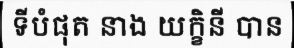
ទីបំផុត នាង យក្ខិនី បាន